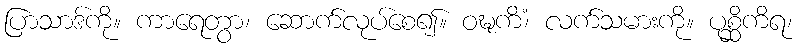
ပြာသာဒ်ကို။ ကာရေတွာ၊ ဆောက်လုပ်စေ၍။ ဝဍ္ဎကိံ၊ လက်သမားကို။ ပုစ္ဆိကိရ၊